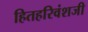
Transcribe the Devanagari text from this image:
हितहरिवंशजी